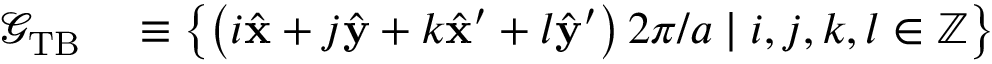
\begin{array} { r l } { \mathcal { G } _ { \mathrm { T B } } } & { { } \equiv \left\{ \left( i \hat { \mathbf { x } } + j \hat { \mathbf { y } } + k \hat { \mathbf { x } } ^ { \prime } + l \hat { \mathbf { y } } ^ { \prime } \right) 2 \pi / a \mid i , j , k , l \in \mathbb { Z } \right\} } \end{array}